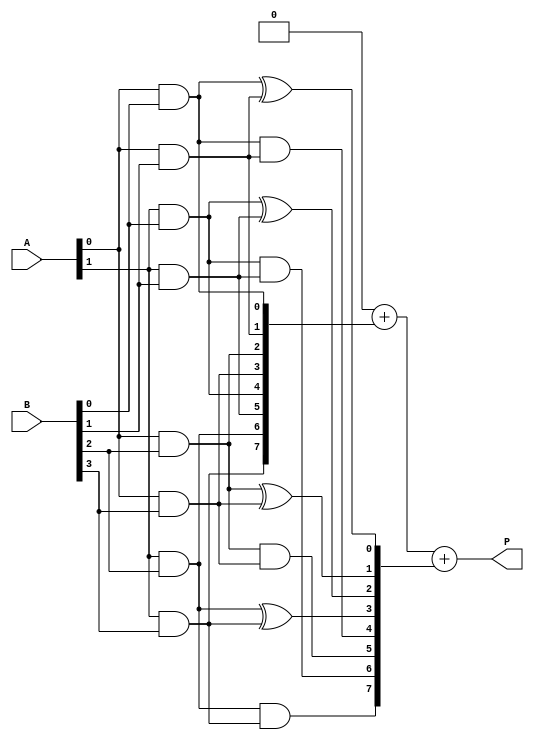
module dadda_multiplier #(
    parameter A_WIDTH = 4,
    parameter B_WIDTH = 4
)(
    input [A_WIDTH-1:0] A,
    input [B_WIDTH-1:0] B,
    output reg [A_WIDTH + B_WIDTH - 1:0] P
);

// Generate Partial Products
wire [A_WIDTH * B_WIDTH - 1:0] pp;
genvar i, j;
generate
    for (i = 0; i < A_WIDTH; i = i + 1) begin : pp_gen
        for (j = 0; j < B_WIDTH; j = j + 1) begin : pp_gen_inner
            assign pp[i * B_WIDTH + j] = A[i] & B[j];
        end
    end
endgenerate

// Dadda Reduction Tree
reg [A_WIDTH * B_WIDTH - 1:0] reduced_pp [0:2]; // Store reduced partial products
integer r, s;

// Stage 1: Reduce using half adders and full adders
always @(*) begin
    // Initialize the reduced partial products with the generated partial products
    reduced_pp[0] = pp;

    // Stage 1 Reduction
    for (r = 0; r < A_WIDTH; r = r + 1) begin
        reduced_pp[1][r] = reduced_pp[0][r * 2] ^ reduced_pp[0][r * 2 + 1]; // Half adder
        reduced_pp[1][A_WIDTH + r] = reduced_pp[0][r * 2] & reduced_pp[0][r * 2 + 1]; // Carry from half adder
    end

    // Stage 2: Further reduction
    for (s = 0; s < A_WIDTH; s = s + 1) begin
        reduced_pp[2][s] = reduced_pp[1][s * 2] ^ reduced_pp[1][s * 2 + 1]; // Half adder
        reduced_pp[2][A_WIDTH + s] = reduced_pp[1][s * 2] & reduced_pp[1][s * 2 + 1]; // Carry from half adder
    end
end

// Final addition of reduced partial products
always @(*) begin
    P = 0;
    // Add all remaining partial products
    for (r = 0; r < 2; r = r + 1) begin
        P = P + reduced_pp[r];
    end
end

endmodule